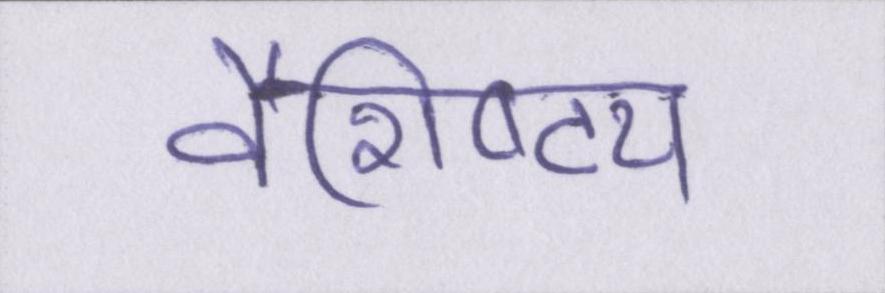
वैशिष्ट्य